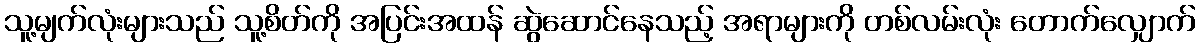
သူ့မျက်လုံးများသည် သူ့စိတ်ကို အပြင်းအထန် ဆွဲဆောင်နေသည့် အရာများကို တစ်လမ်းလုံး တောက်လျှောက်